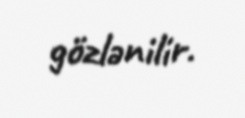
gözlənilir.